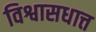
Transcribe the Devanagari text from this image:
विश्वासधात्त